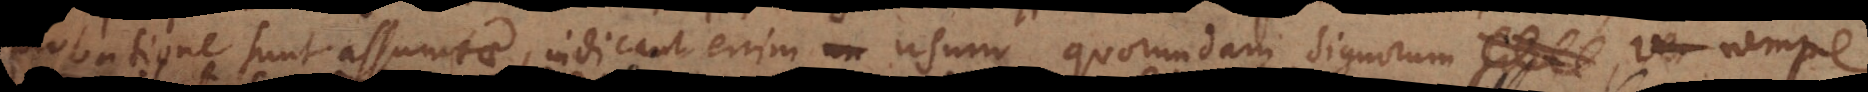
probatione sunt assumtae, indicant enim usum quorundam signorum nempe